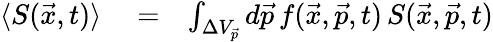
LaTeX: \begin{array}{rlr}{\langle S(\vec{x},t)\rangle}&{{}=}&{\int_{\Delta V_{\vec{p}}}d\vec{p}\, f(\vec{x},\vec{p},t)\, S(\vec{x},\vec{p},t)}\end{array}